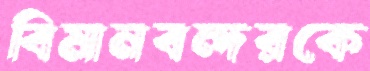
বিমানবন্দরকে